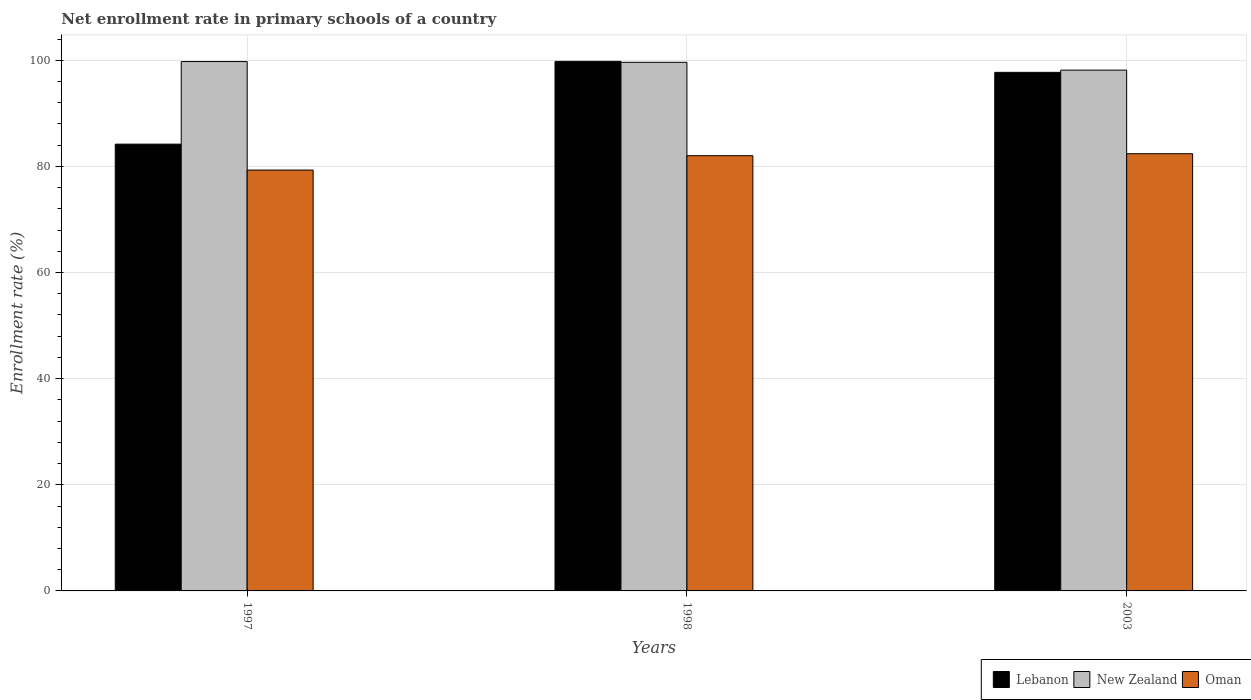
| Years | Lebanon | New Zealand | Oman |
 | --- | --- | --- | --- |
 | 1997 | 84.2 | 99.8 | 79.3 |
 | 1998 | 99.8 | 99.6 | 82 |
 | 2003 | 97.7 | 98.1 | 82.4 |